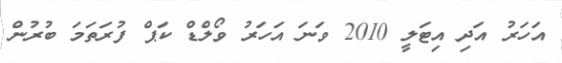
އަހަރު އަދި އިޓަލީ 2010 ވަނަ އަހަރު ވޯލްޑް ކަޕް ފުރަތަމަ ބުރުން